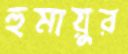
হুমায়ুর